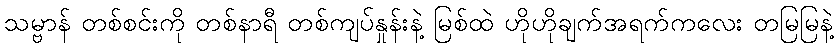
သမ္ဗာန် တစ်စင်းကို တစ်နာရီ တစ်ကျပ်နှုန်းနဲ့ မြစ်ထဲ ဟိုဟိုချက်အရက်ကလေး တမြမြနဲ့